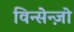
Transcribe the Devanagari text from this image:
विन्सेन्ज़ो